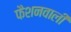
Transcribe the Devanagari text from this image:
फैशनवाली